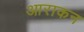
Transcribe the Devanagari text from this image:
आराकन